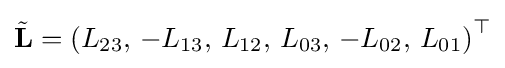
{\tilde {\mathbf {L} }}=\left(L_{23},\,-L_{13},\,L_{12},\,L_{03},\,-L_{02},\,L_{01}\right)^{\top }